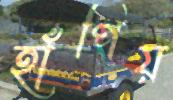
হাঁপিয়